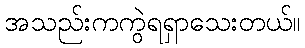
အသည်းကကွဲရရှာသေးတယ်။